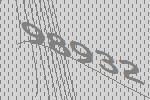
98932